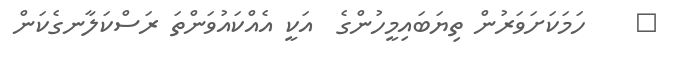
٤    ހަމަކަށަވަރުން ތިޔަބައިމީހުންގެ  އަކީ އެއްކައުވަންތަ ރަސްކަލާނގެކަން